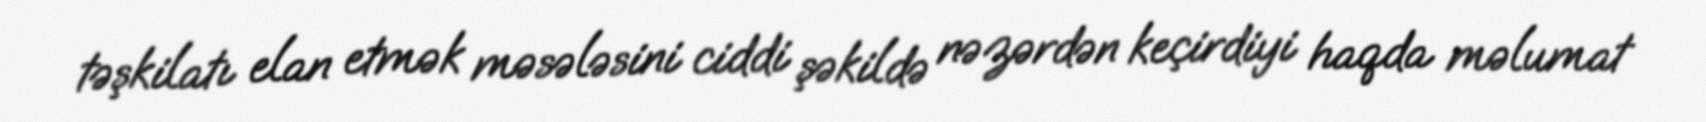
təşkilatı elan etmək məsələsini ciddi şəkildə nəzərdən keçirdiyi haqda məlumat